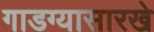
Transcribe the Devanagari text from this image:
गाडग्यासारखे